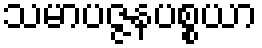
သမာပဇ္ဇနပစ္စယာ